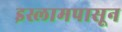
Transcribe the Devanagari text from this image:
इस्लामपासून